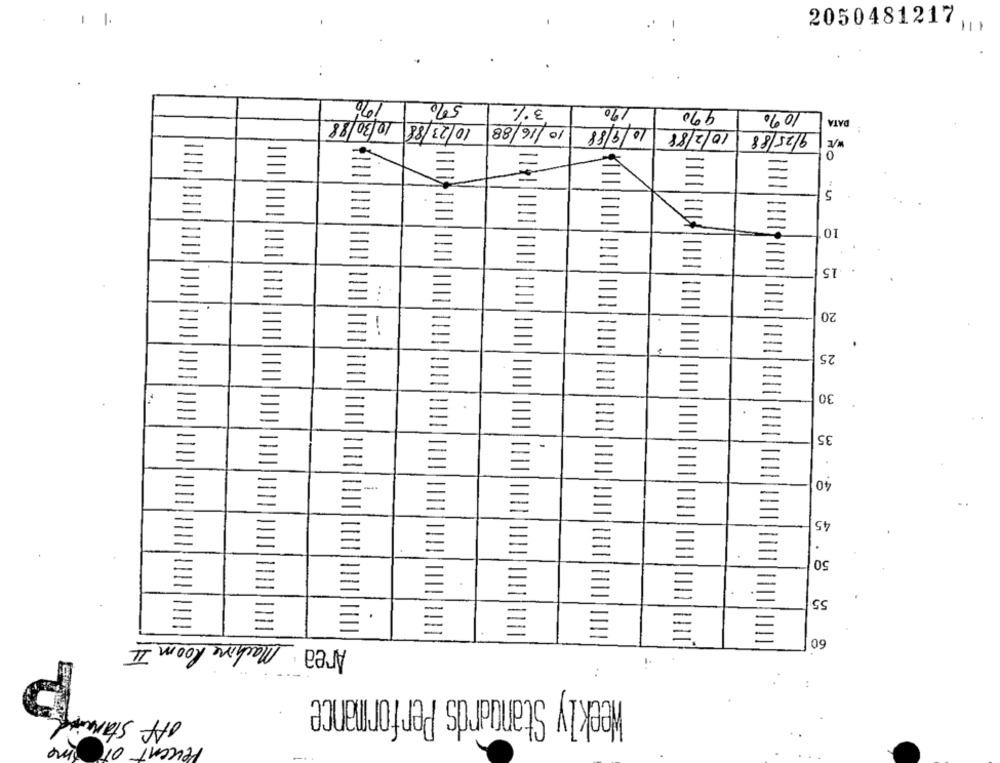
2050481217 ,
190
5%
3%
190
990
10%
10/23/88 10/30/88
DATA
10/16/88
10/9/88
10/2/88
9/25/88
0
1140
5
10
.15
:
20
25
30
35
40
E
45
E
50
55
Area Machine Room II
60 [
:
Weekly Standards Performance
off staring
me
Percent Of